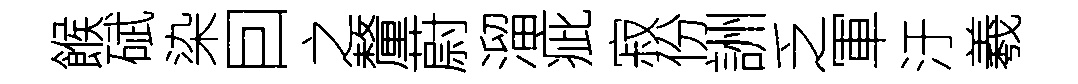
餱碔染囙之釐蔚溜疵寂份詶乏軍汙羲